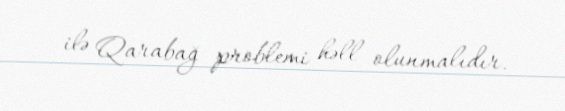
ilə Qarabağ problemi həll olunmalıdır.